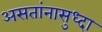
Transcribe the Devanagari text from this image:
असतांनासुध्दा